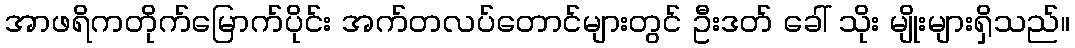
အာဖရိကတိုက်မြောက်ပိုင်း အက်တလပ်တောင်များတွင် ဦးဒတ် ခေါ် သိုး မျိုးများရှိသည်။